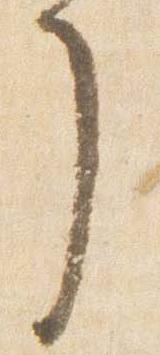
了